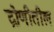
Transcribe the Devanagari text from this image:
द्रोणीतील